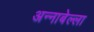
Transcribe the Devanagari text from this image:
अन्नाबेल्ला